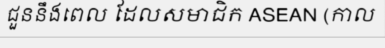
ជួននឹងពេល ដែលសមាជិក ASEAN (កាល